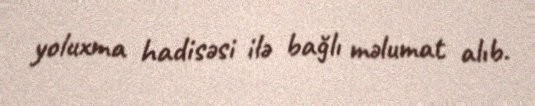
yoluxma hadisəsi ilə bağlı məlumat alıb.